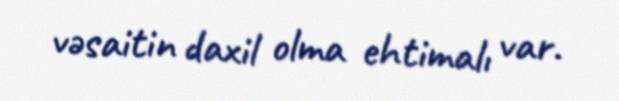
vəsaitin daxil olma ehtimalı var.